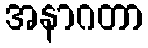
အနာဂတာ